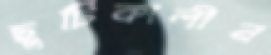
ছুটিকালীন